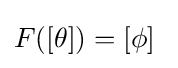
F([\theta ])=[\phi ]~